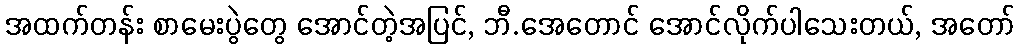
အထက်တန်း စာမေးပွဲတွေ အောင်တဲ့အပြင်, ဘီ.အေတောင် အောင်လိုက်ပါသေးတယ်, အတော်